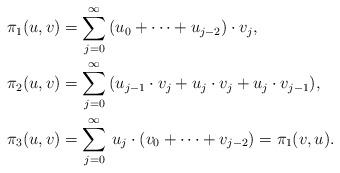
LaTeX: \begin{align*} \pi_1(u,v)&=\sum_{j=0}^\infty\, (u_0+\dots+u_{j-2})\cdot v_j, \\ \pi_2(u,v)&=\sum_{j=0}^\infty\, (u_{j-1}\cdot v_j+u_j\cdot v_j +u_j\cdot v_{j-1}), \\ \pi_3(u,v)&=\sum_{j=0}^\infty\, u_j\cdot (v_0+\dots+v_{j-2}) =\pi_1(v,u). \end{align*}